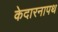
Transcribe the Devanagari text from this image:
केदारनापथ